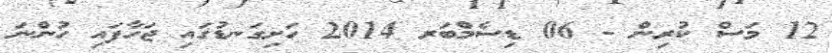
12 މަސް ކުރިން - 06 ޑިސެމްބަރ 2014 ހަށިގަނޑުގައި ޖަހާފައި ހުންނަ